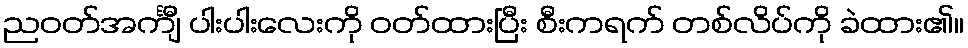
ညဝတ်အင်္ကျီ ပါးပါးလေးကို ဝတ်ထားပြီး စီးကရက် တစ်လိပ်ကို ခဲထား၏။